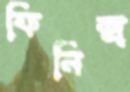
ফিনিক্স্